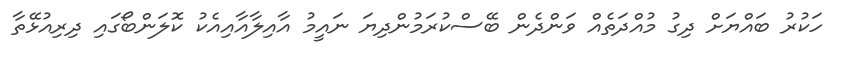
ހަކުރު ބައްޔަށް ދިގު މުއްދަތެއް ވަންދެން ބޭސްކުރަމުންދިޔަ ނައީމު އާއިލާއާއިއެކު ކޮލަންބޯގައި ދިިރިއުޅޭތާ